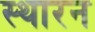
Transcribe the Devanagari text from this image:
स्थारन